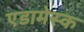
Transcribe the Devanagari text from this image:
एडामेस्क